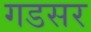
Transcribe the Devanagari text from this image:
गडसर